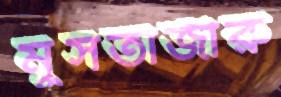
মুসতাজীরু